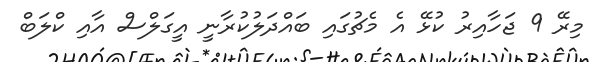
މިރޭ 9 ޖަހާއިރު ކުޅޭ އެ މެޗުގައި ބައްދަލުކުރާނީ އީގަލްސް އާއި ކްލަބް